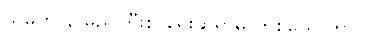
သူမက နာမည်ကြီးစာရေးဆရာမ တစ်ယောက်ပါ။